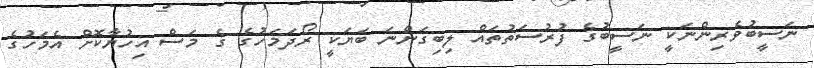
ނަސީބުވެރިންނަކީ ނަސީބުގެ ފުރުސަތުތައް ލިބިގަންނަ ބަޔަކީ ރޯދަމަހުގެ ގެ މަސް އިހުޔާކޮށް އެމަހުގެ